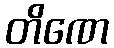
တိဏေ